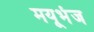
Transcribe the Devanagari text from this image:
मयूभंज